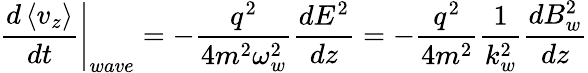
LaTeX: \left.\frac{d\left\langle v_{z}\right\rangle}{dt}\right|_{wave}=-\frac{q^{2}}{4m^{2}\omega_{w}^{2}}\frac{dE^{2}}{dz}=-\frac{q^{2}}{4m^{2}}\frac{1}{k_{w}^{2}}\frac{dB_{w}^{2}}{dz}